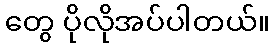
တွေ ပိုလိုအပ်ပါတယ်။